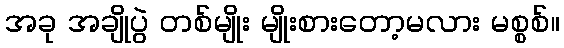
အခု အချိုပွဲ တစ်မျိုး မျိုးစားတော့မလား မစ္စစ်။